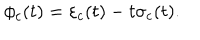
LaTeX: \phi _ { c } ( t ) = \varepsilon _ { c } ( t ) - t \sigma _ { c } ( t ) .